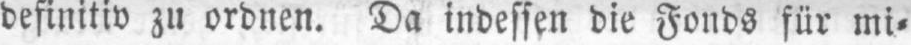
definitiv zu ordnen. Da indessen die Fonds für mi⸗